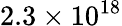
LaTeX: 2.3\times\mathrm{10^{18}}